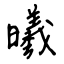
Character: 曦